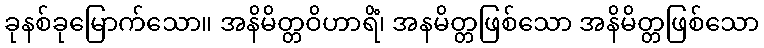
ခုနစ်ခုမြောက်သော။ အနိမိတ္တဝိဟာရိံ၊ အနမိတ္တဖြစ်သော အနိမိတ္တဖြစ်သော